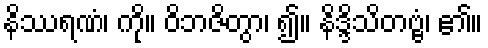
နိဿရဏံ၊ ကို။ ဝိဘဇိတွာ၊ ၍။ နိဒ္ဒိသိတဗ္ဗံ၊ ၏။